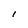
Character: l